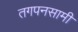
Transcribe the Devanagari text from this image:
तगपनसामी